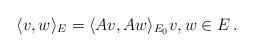
LaTeX: \begin{align*}\langle v, w \rangle_{E} = \langle Av, Aw \rangle_{E_0} v, w \in E\,.\end{align*}